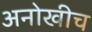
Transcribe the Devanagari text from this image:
अनोखीच